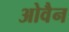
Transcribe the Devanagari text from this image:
ओवैन